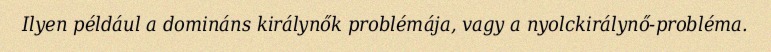
Ilyen például a domináns királynők problémája, vagy a nyolckirálynő-probléma.